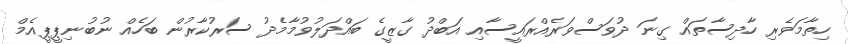
ހިތާމަވެރި ހާދިސާތައް ގިނަ ދުވަސްވަރެއްރައީސާއި އަބްދު ގާޒީގެ ބައްދަލުވުމާމެދު ސަރުކާރުން ބަހެއް ނުބުނިޕީޕީއެމް